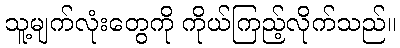
သူ့မျက်လုံးတွေကို ကိုယ်ကြည့်လိုက်သည်။